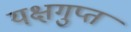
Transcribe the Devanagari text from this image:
यक्षगुप्त